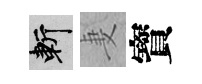
斬妻寳